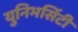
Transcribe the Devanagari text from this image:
युनिभर्सिटी